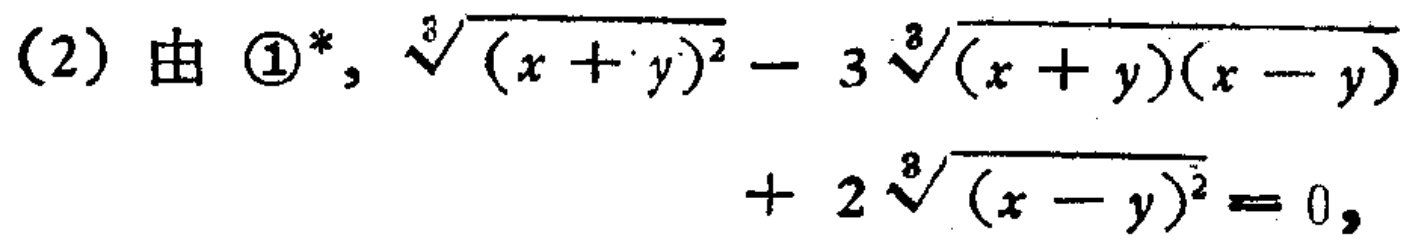
(2) 由 \textcircled{1}$^{*}$, $\sqrt[3]{(x + y)^{2}} - 3\sqrt[3]{(x + y)(x - y)} + 2\sqrt[3]{(x - y)^{2}} = 0$,